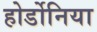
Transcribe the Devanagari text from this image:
होर्डोनिया